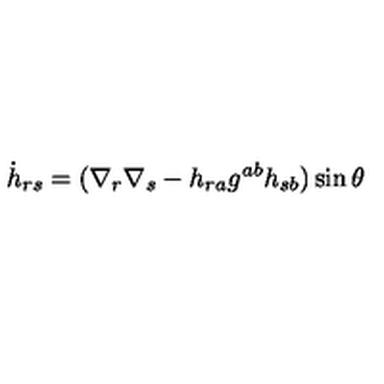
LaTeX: { \dot { h } } _ { r s } = ( \nabla _ { r } \nabla _ { s } - h _ { r a } g ^ { a b } h _ { s b } ) \sin \theta